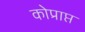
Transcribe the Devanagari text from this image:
कोप्राप्त